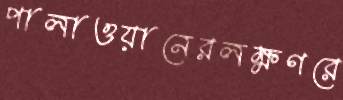
পালাওয়ানেরলক্ষণরে